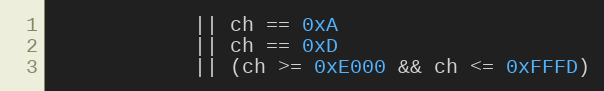
Language: Java
			|| ch == 0xA
			|| ch == 0xD
			|| (ch >= 0xE000 && ch <= 0xFFFD)